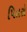
પિતરો